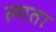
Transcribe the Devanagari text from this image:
ल्गता